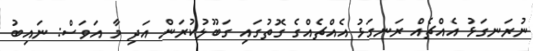
ނުރަނގަޅު އެއްޗެއް ރަނގަޅު އެއްޗެއްގެ ގޮތުގައި ގަބޫލުކުރަން އަދި މާ އަވަސް: ނައިބު